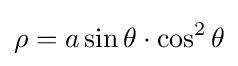
\rho =a\sin \theta \cdot \cos ^{2}\theta